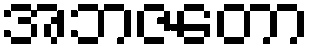
အဘဇတော